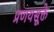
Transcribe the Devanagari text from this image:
प्रणयसूक्ते